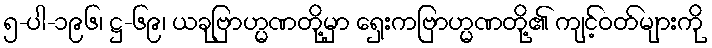
၅-ပါ-၁၉၆၊ ဋ္ဌ-၆၉၊ ယခုဗြာဟ္မဏတို့မှာ ရှေးကဗြာဟ္မဏတို့၏ ကျင့်ဝတ်များကို